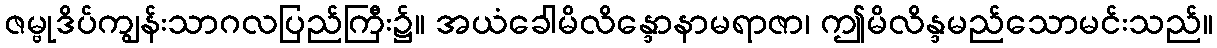
ဇမ္ဗုဒိပ်ကျွန်းသာဂလပြည်ကြီး၌။ အယံခေါမိလိန္ဒောနာမရာဇာ၊ ဤမိလိန္ဒမည်သောမင်းသည်။